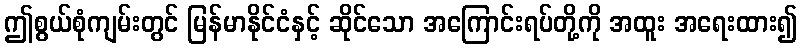
ဤစွယ်စုံကျမ်းတွင် မြန်မာနိုင်ငံနှင့် ဆိုင်သော အကြောင်းရပ်တို့ကို အထူး အရေးထား၍